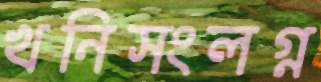
খনিসংলগ্ন